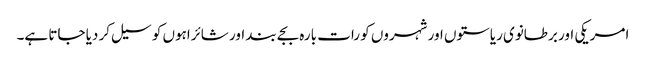
امریکی اور برطانوی ریاستوں اور شہروں کو رات بارہ بجے بند اور شائراہوں کو سیل کر دیا جاتا ہے۔